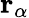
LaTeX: \mathbf{r}_{\alpha}